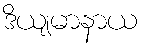
ဒိယျမာနာယ